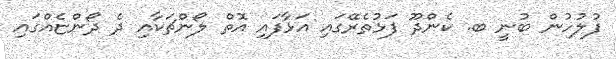
ފުލުހުން ބުނީ ބ. ކެންދޫ ފަޅުތެރޭގައި އަޅާފައި އޮތް ލޯންޗަކާއި ދެ ދޯންޏެއްގައި